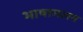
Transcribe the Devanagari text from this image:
भाषामलय